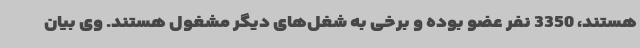
هستند، 3350 نفر عضو بوده و برخی‌ به شغل‌های دیگر مشغول هستند. وی بیان